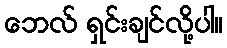
ဘေလ် ရှင်းချင်လို့ပါ။